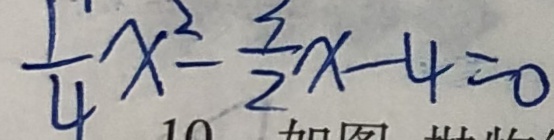
\frac { 1 } { 4 } x ^ { 2 } - \frac { 3 } { 2 } x - 4 = 0